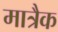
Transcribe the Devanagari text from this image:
मात्रैक